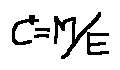
C ^ { 2 } = M / E